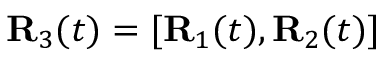
{ \bf R } _ { 3 } ( t ) = [ { \bf R } _ { 1 } ( t ) , { \bf R } _ { 2 } ( t ) ]